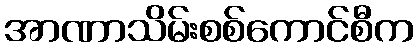
အာဏာသိမ်းစစ်ကောင်စီက